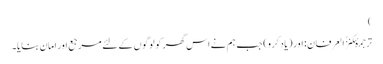
)
ترجمۂکنزُالعِرفان: اور (یاد کرو) جب ہم نے اس گھر کو لوگوں کے لئے مرجع اور امان بنایا۔